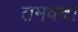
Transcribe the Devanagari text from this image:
तमक्वा